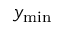
y _ { \mathrm { m i n } }